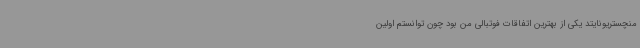
منچستریونایتد یکی از بهترین اتفاقات فوتبالی من بود چون توانستم اولین